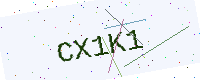
Text: CX1K1